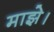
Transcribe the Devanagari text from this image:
माझे।